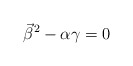
\begin{align*}\vec{\beta}^2 - \alpha\gamma = 0\end{align*}